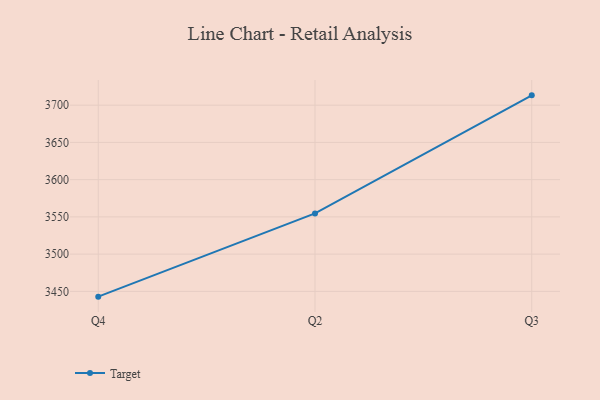
{"axis": {"x": "Quarter", "y": "Conversion Rate (%)"}, "legend": ["Target"], "data": [{"x": "Q4", "y": 3442.9, "type": "Target"}, {"x": "Q2", "y": 3554.7, "type": "Target"}, {"x": "Q3", "y": 3713.2, "type": "Target"}]}